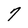
Character: 7